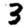
Digit: 3